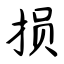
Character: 损